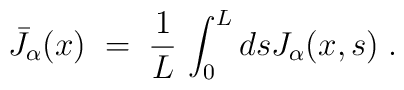
{\bar J}_\alpha(x)\;=\; \frac{1}{L}\, \int_0^L ds J_\alpha(x,s)\;.